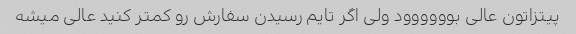
پیتزاتون عالی بوووووود ولی اگر تایم رسیدن سفارش رو کمتر کنید عالی میشه